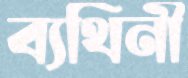
ব্যথিনী